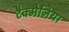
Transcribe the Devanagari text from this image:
टैक्मेनिया